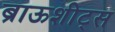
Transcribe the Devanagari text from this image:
ब्राऊशीट्स